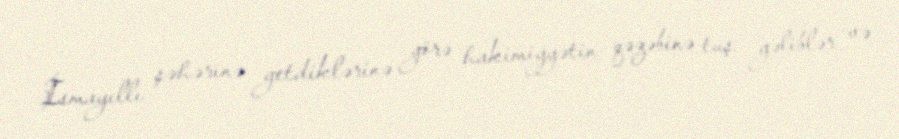
İsmayıllı şəhərinə getdiklərinə görə hakimiyyətin qəzəbinə tuş gəliblər və